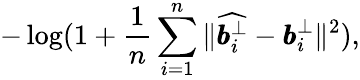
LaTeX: -\log(1+\frac{1}{n}\sum_{i=1}^{n}{\| \widehat{\pmb{b}_{i}^{\bot}}-\pmb{b}_{i}^{\bot}\| ^{2}}),